Annual vaccination report of Bihar and Orissa - 1911-1928
Year: 1911
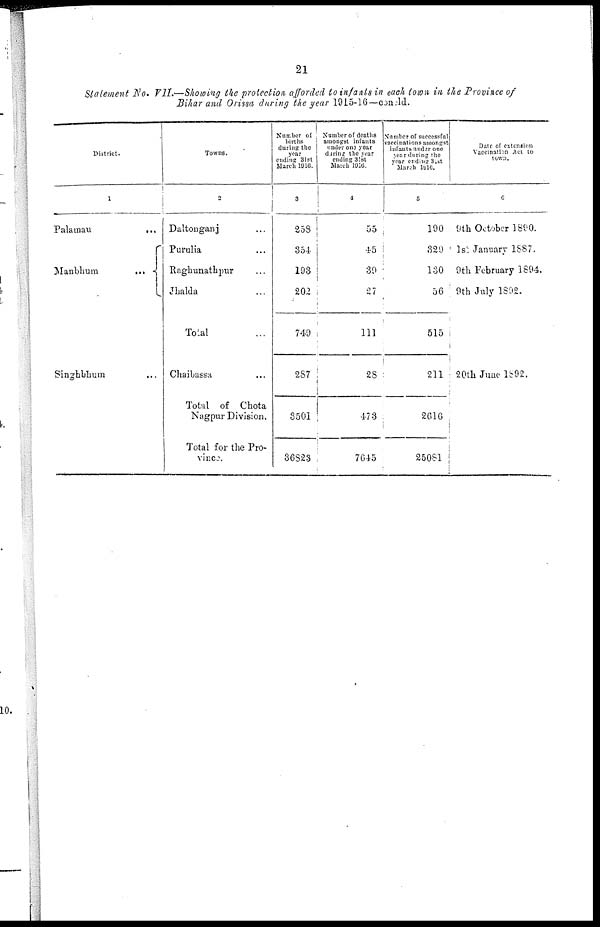
21
Statement No. VII.—Showing the protection afforded to infants in each town in the Province of
Bihar and Orissa during the year 1915-16—concld.
District.
1
Palamau
...
Manbhum
...
Singhbhum ...
Towns.
2
Daltonganj ...
Purulia ...
Raghunathpur ...
Jhalda ...
Total ...
Chaibassa ...
Total of Chota
Nagpur Division.
Total for the Pro-
vince.
Number of
births
during the
year
ending 31st
March 1916.
3
258
354
193
202
749
287
3501
36823
Number of deaths
amongst infants
under one year
during
the year
ending 31st
March 1916.
4
55
45
39
27
111
28
473
7645
Number of successful
vaccinations amongst
infants under one
year during the
year ending 31st
March 1916.
5
190
329
130
56
515
211
2616
25081
Date of extension
Vaccination Act to
town.
6
9th October 1890.
1st January 1887.
9th February 1894.
9th July 1892.
20th June 1892.